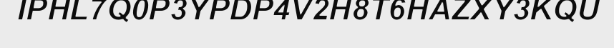
IPHL7Q0P3YPDP4V2H8T6HAZXY3KQU